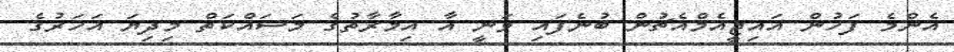
އެންމެ ފަހުން އައިޖީއެމްއެޗުން ބުނެފައި ވަނީ އާ އިމާރާތުގެ މަސައްކަތް މިދިޔަ އަހަރުގެ